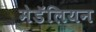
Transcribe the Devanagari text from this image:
मेडॅलियन